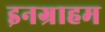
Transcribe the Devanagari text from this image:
इनग्राहम